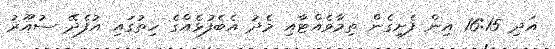
އަދި 16:15 އިން ފެށިގެން ތިމާވެއްޓާއި މެދު އެބެފުޅެއްގެ ހިތުގައި އުފެދޭ ސުއޫރު